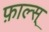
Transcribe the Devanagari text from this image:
फ़ाल्स्